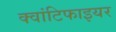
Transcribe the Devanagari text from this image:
क्वांटिफाइयर